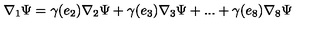
\nabla _ { 1 } \Psi = \gamma ( e _ { 2 } ) \nabla _ { 2 } \Psi + \gamma ( e _ { 3 } ) \nabla _ { 3 } \Psi + . . . + \gamma ( e _ { 8 } ) \nabla _ { 8 } \Psi